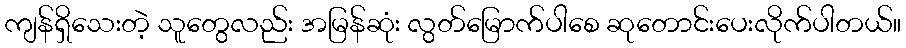
ကျန်ရှိသေးတဲ့ သူတွေလည်း အမြန်ဆုံး လွတ်မြောက်ပါစေ ဆုတောင်းပေးလိုက်ပါတယ်။